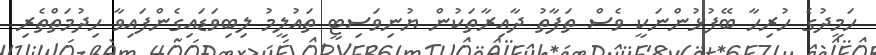
ހަމީދުގެ ހުރިހާ ބޭފުޅުންނަކީ ވެސް ތަފާތު ދާއިރާތަކުން ޔުނިވަސިޓީ ތައުލީމު ލިބިވަޑައިގެންފައިވާ ހިދުމަތްތެރި